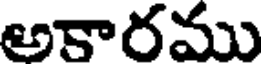
అకారము